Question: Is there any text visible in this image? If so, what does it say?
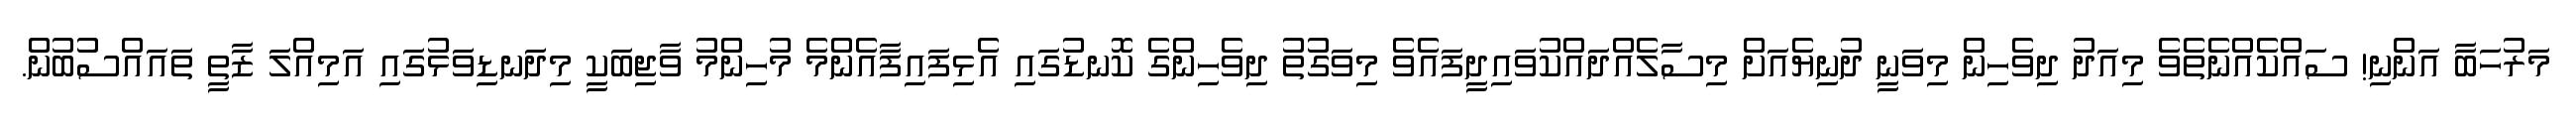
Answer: މަރުހަބާ އަންނި! ސައްކެއްނެތެވެ މިއަދު ދިވެހިން މިވަނީ ދުނިޔެއަށް މިސާލެއްދައްކުވައިދީފައެވެ މިވަގުތު ދިވެހިންގެ ކޮނޑުގައި އެޅިފައިފާއެންމެ މުހިންމު ވާޖިބަކީ މިދަނޑިވަޅުގައި އަމިއްލަ ޒާތީ ތައައްސުބުން.